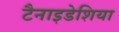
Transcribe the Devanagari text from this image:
टैनाइडेशिया